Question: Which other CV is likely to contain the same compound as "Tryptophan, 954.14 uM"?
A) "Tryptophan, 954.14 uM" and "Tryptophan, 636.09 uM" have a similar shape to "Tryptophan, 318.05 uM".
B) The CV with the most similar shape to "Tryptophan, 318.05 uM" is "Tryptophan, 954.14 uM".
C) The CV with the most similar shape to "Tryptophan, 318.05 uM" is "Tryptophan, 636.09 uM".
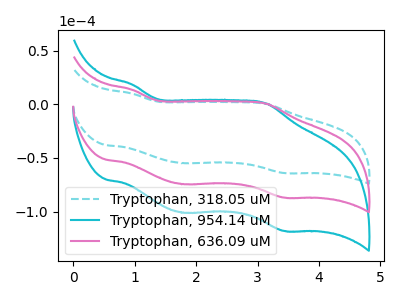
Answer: <think>The cyan dashed curve "Tryptophan, 318.05 uM" has anodic peaks at (0.95V, 10.10uA) (3.15V, 0.40uA) and cathodic peaks at (1.80V, -54.85uA) (3.45V, -64.05uA). The cyan curve "Tryptophan, 954.14 uM" has anodic peaks at (0.95V, 27.40uA) (3.15V, 1.10uA) and cathodic peaks at (1.80V, -148.90uA) (3.45V, -173.90uA). The pink curve "Tryptophan, 636.09 uM" has anodic peaks at (0.95V, 13.70uA) (3.15V, 0.55uA) and cathodic peaks at (1.80V, -74.45uA) (3.45V, -86.95uA).
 All the peaks in "Tryptophan, 318.05 uM" have a peak in "Tryptophan, 954.14 uM" at the same potential. Every peak in "Tryptophan, 318.05 uM" is lower than every peak in "Tryptophan, 954.14 uM". All the peaks in "Tryptophan, 318.05 uM" have a peak in "Tryptophan, 636.09 uM" at the same potential. Every peak in "Tryptophan, 318.05 uM" is lower than every peak in "Tryptophan, 636.09 uM". All the peaks in "Tryptophan, 954.14 uM" have a peak in "Tryptophan, 636.09 uM" at the same potential. Every peak in "Tryptophan, 954.14 uM" is higher than every peak in "Tryptophan, 636.09 uM".</think>
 <answer>A) "Tryptophan, 954.14 uM" and "Tryptophan, 636.09 uM" have a similar shape to "Tryptophan, 318.05 uM".</answer>
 <eval>A</eval>